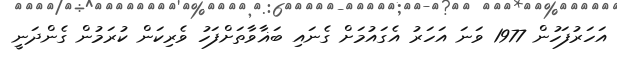
އަހަރުފަހުން 1977 ވަނަ އަހަރު އެގައުމަށް ގެނައި ބަޣާވާތަށްފަހު ވެރިކަން ކުރަމުން ގެންދަނީ